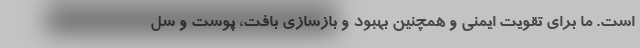
است. ما برای تقویت ایمنی و همچنین بهبود و بازسازی بافت، پوست و سل